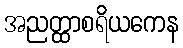
အညတ္ထာစရိယကေန